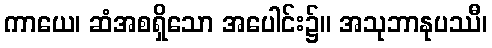
ကာယေ၊ ဆံအစရှိသော အပေါင်း၌။ အသုဘာနုပဿီ၊